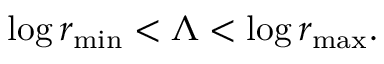
\log r _ { \operatorname* { m i n } } < \Lambda < \log r _ { \operatorname* { m a x } } .